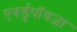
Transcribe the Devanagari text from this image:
एवर्डुपॉयज़ा